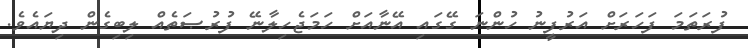
ފުރަތަމަ ފަހަރަށް އަރުފީނު ހުންނަ ގޭގައި އޭނާއަށް ހަމަޖެހިލާނޭ ފުރުޞަތެއް ލިބިގެން ދިޔައެވެ.